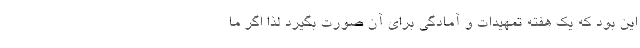
این بود که یک هفته تمهیدات و آمادگی برای آن صورت بگیرد لذا اگر ما